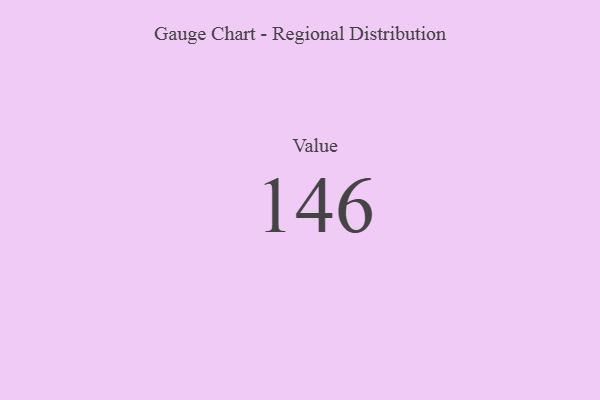
{"axis": {"x": "Metric", "y": "Value"}, "legend": [""], "data": [{"x": "Value", "y": 146, "type": ""}]}